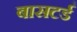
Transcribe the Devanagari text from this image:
बासटर्ड